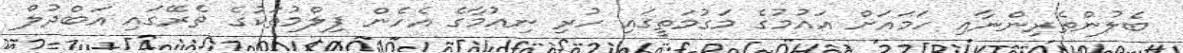
ބެލުންތެރިންނާއި ހަމައަށް އައުމުގެ މަގުމަތީގައި ހުރި ނިއުމާގެ އެހެން ފިލްމުތަކުގެ ތެރޭގައި އަބްދުލް